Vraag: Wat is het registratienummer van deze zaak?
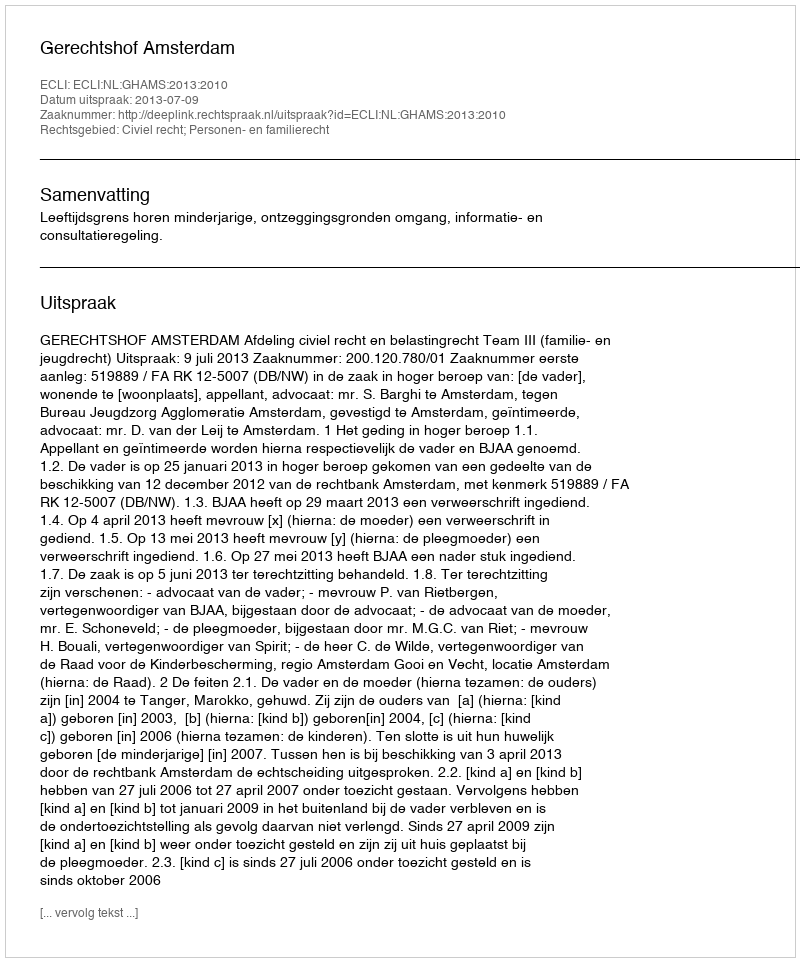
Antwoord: http://deeplink.rechtspraak.nl/uitspraak?id=ECLI:NL:GHAMS:2013:2010